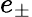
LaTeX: e_{\pm}